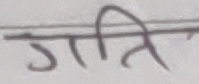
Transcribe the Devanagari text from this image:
गति